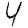
Digit: 4